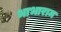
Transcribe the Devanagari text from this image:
भाभाराम